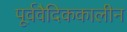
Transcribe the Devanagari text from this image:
पूर्ववैदिककालीन